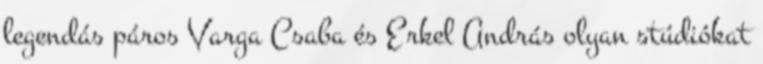
legendás páros Varga Csaba és Erkel András olyan stúdiókat